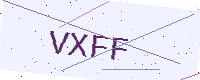
Text: VXFF